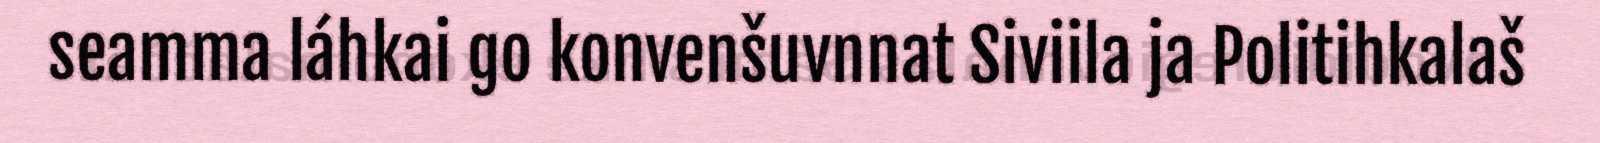
seamma láhkai go konvenšuvnnat Siviila ja Politihkalaš